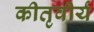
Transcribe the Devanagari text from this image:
कीतृवीर्य